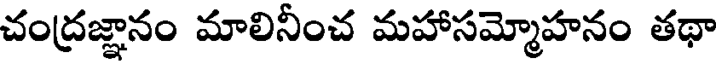
చంద్రజ్ఞానం మాలినీంచ మహాసమ్మోహనం తథా